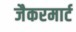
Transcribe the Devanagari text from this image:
जैकरमार्ट